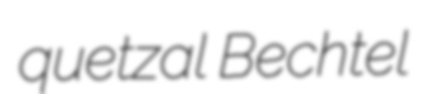
quetzal Bechtel